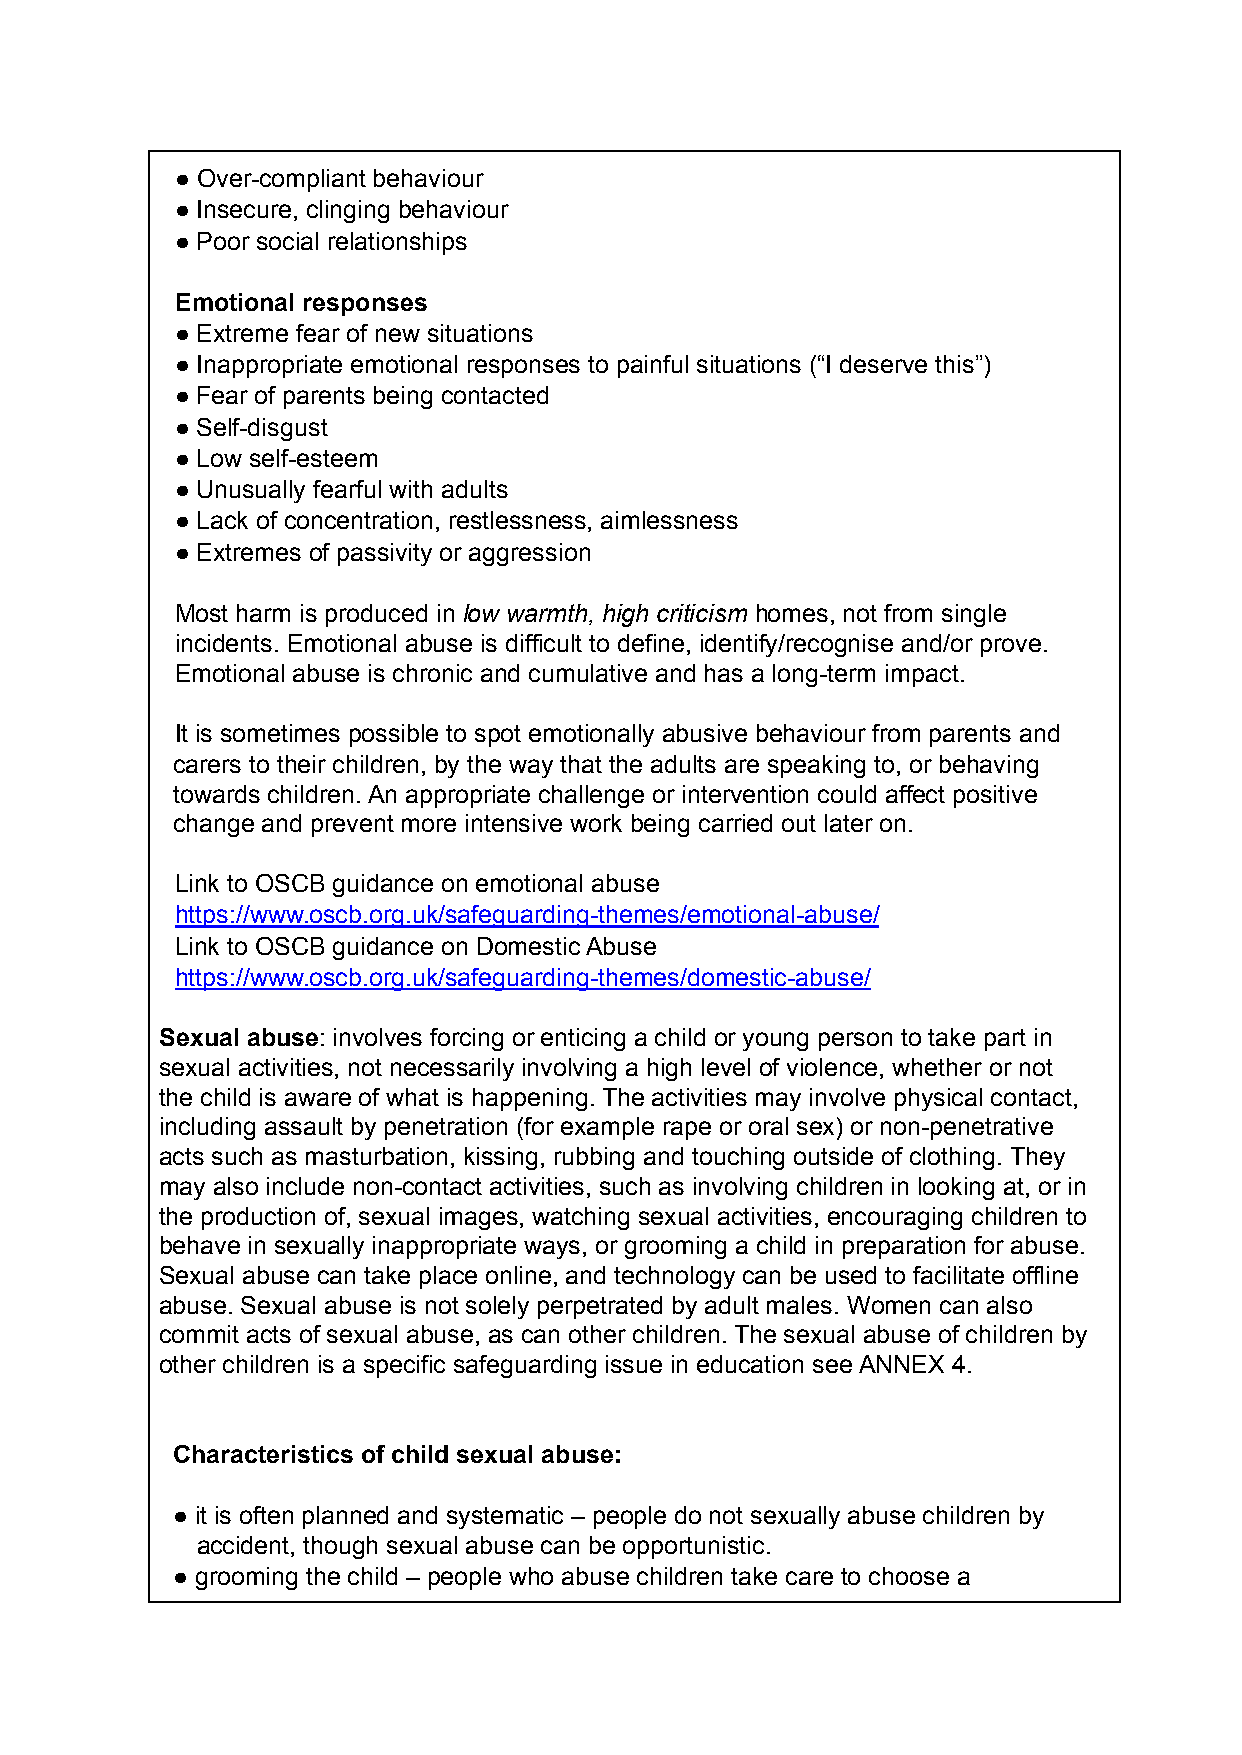
● Over-compliant behaviour
 ● Insecure, clinging behaviour
 ● Poor social relationships
 Emotional responses
 ● Extreme fear of new situations
 ● Inappropriate emotional responses to painful situations (“I deserve this”)
 ● Fear of parents being contacted
 ● Self-disgust
 ● Low self-esteem
 ● Unusually fearful with adults
 ● Lack of concentration, restlessness, aimlessness
 ● Extremes of passivity or aggression
 Most harm is produced in low warmth, high criticism homes, not from single
 incidents. Emotional abuse is difficult to define, identify/recognise and/or prove.
 Emotional abuse is chronic and cumulative and has a long-term impact.
 It is sometimes possible to spot emotionally abusive behaviour from parents and
 carers to their children, by the way that the adults are speaking to, or behaving
 towards children. An appropriate challenge or intervention could affect positive
 change and prevent more intensive work being carried out later on.
 Link to OSCB guidance on emotional abuse
 https://www.oscb.org.uk/safeguarding-themes/emotional-abuse/
 Link to OSCB guidance on Domestic Abuse
 https://www.oscb.org.uk/safeguarding-themes/domestic-abuse/
 Sexual abuse: involves forcing or enticing a child or young person to take part in
 sexual activities, not necessarily involving a high level of violence, whether or not
 the child is aware of what is happening. The activities may involve physical contact,
 including assault by penetration (for example rape or oral sex) or non-penetrative
 acts such as masturbation, kissing, rubbing and touching outside of clothing. They
 may also include non-contact activities, such as involving children in looking at, or in
 the production of, sexual images, watching sexual activities, encouraging children to
 behave in sexually inappropriate ways, or grooming a child in preparation for abuse.
 Sexual abuse can take place online, and technology can be used to facilitate offline
 abuse. Sexual abuse is not solely perpetrated by adult males. Women can also
 commit acts of sexual abuse, as can other children. The sexual abuse of children by
 other children is a specific safeguarding issue in education see ANNEX 4.
 Characteristics of child sexual abuse:
 ● it is often planned and systematic – people do not sexually abuse children by
 accident, though sexual abuse can be opportunistic.
 ● grooming the child – people who abuse children take care to choose a